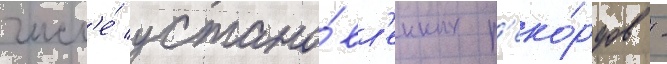
числ'е́ устано́вл'енных р'еко́рдов -